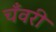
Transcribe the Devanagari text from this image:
चँवरी